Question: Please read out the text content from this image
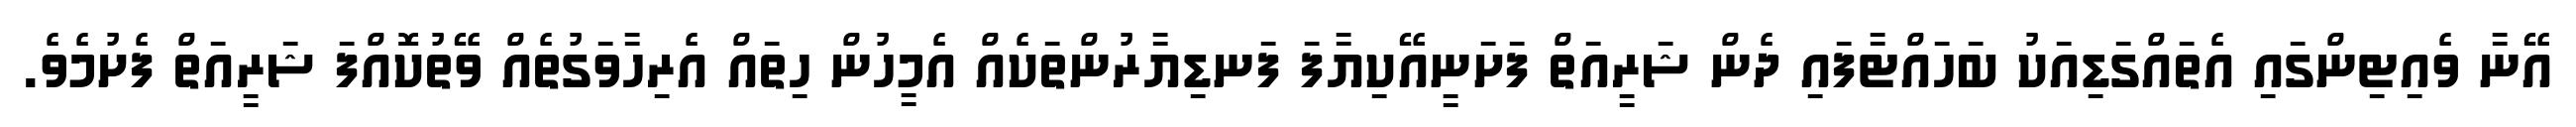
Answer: އޭނާ ވެއިޓިންގައި އެތައްގަޑިއަކު ބަހައްޓާފައި ދެން ޝަރީއަތް ފަށަނީއޭކިޔާފަ ފަނޑިޔާރުންތަކެއް އެމީހުން ހިތައް އެރިހާވަގުތެއް ވޭތުކޮއްފަ ޝަރީއަތް ފެށުމެވެ.